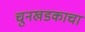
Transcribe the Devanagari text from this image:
चुनखडकाचा